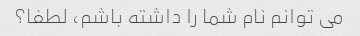
می توانم نام شما را داشته باشم، لطفا؟